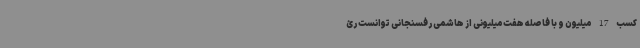
کسب 17 میلیون و با فاصله هفت‌میلیونی از هاشمی‌ رفسنجانی توانست رئ